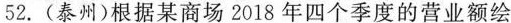
52.(泰州)根据某商场2018年四个季度的营业额绘